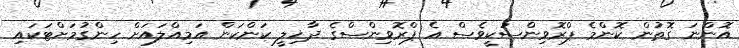
އޮންނަ ގޮތުން ކޮންމެ ޕްރޮވިންސަކީވެސް އެ ޕްރޮވިންސްގެ ދާޚިލީ ކަންކަން އަމިއްލައަށް ހިންގުމަށްޓަކައި